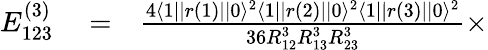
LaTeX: \begin{array}{rlr}{E_{123}^{(3)}}&{{}=}&{\frac{4\langle 1||r(1)||0\rangle^{2}\langle 1||r(2)||0\rangle^{2}\langle 1||r(3)||0\rangle^{2}}{36R_{12}^{3}R_{13}^{3}R_{23}^{3}}\times}\end{array}